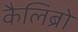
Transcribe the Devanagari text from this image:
कैलिब्रो